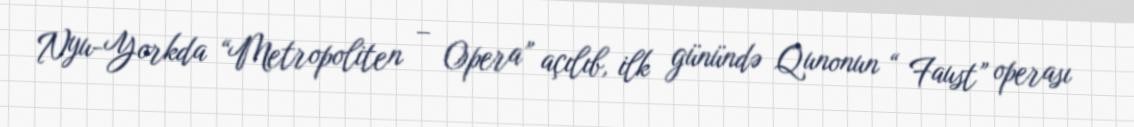
Nyu-Yorkda “Metropoliten – Opera” açılıb, ilk günündə Qunonun “ Faust” operası